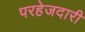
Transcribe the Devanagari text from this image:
परहेजदारी